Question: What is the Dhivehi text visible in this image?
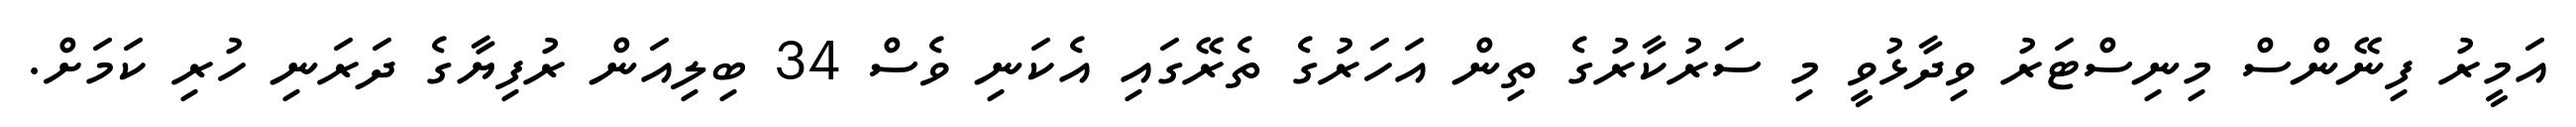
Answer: އަމީރު ފިނޭންސް މިނިސްޓަރު ވިދާޅުވީ މި ސަރުކާރުގެ ތިން އަހަރުގެ ތެރޭގައި އެކަނި ވެސް 34 ބިލިއަން ރުފިޔާގެ ދަރަނި ހުރި ކަމަށް.